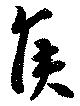
侯